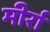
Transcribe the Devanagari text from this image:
मीर्रा